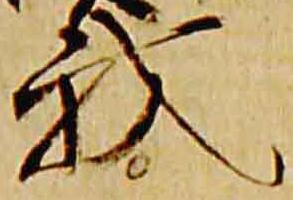
我